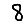
Digit: 8